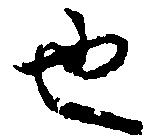
也